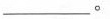
___。